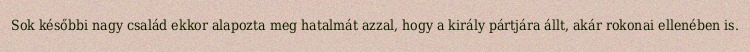
Sok későbbi nagy család ekkor alapozta meg hatalmát azzal, hogy a király pártjára állt, akár rokonai ellenében is.